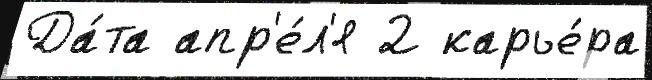
Да́та апр'е́л'я 2 карье́ра